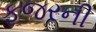
ફજરની